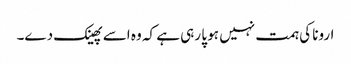
ارونا کی ہمت نہیں ہو پا رہی ہے کہ وہ اسے پھینک دے۔